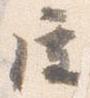
屋